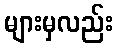
များမှလည်း